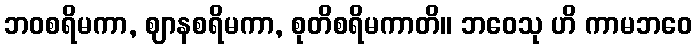
ဘဝစရိမကာ, ဈာနစရိမကာ, စုတိစရိမကာတိ။ ဘဝေသု ဟိ ကာမဘဝေ